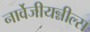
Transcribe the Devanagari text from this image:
नार्वेजीयन्नील्स